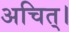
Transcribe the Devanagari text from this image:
अचित्‌।